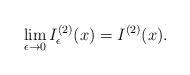
\begin{align*}\lim\limits_{\epsilon\to0}I_{\epsilon}^{(2)}(x)=I^{(2)}(x).\end{align*}